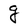
Character: g